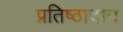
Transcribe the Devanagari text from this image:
प्रतिष्ठादान